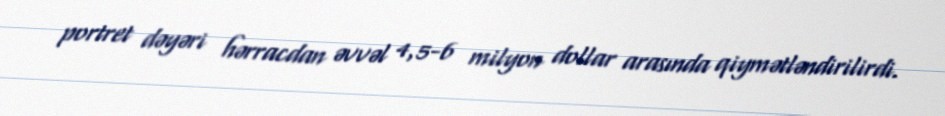
portret dəyəri hərracdan əvvəl 4,5-6 milyon dollar arasında qiymətləndirilirdi.